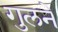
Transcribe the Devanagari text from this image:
गुलने